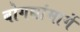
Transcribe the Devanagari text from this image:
बोगद्यांमार्गे